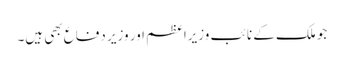
جو ملک کے نائب وزیراعظم اور وزیر دفاع بھی ہیں۔